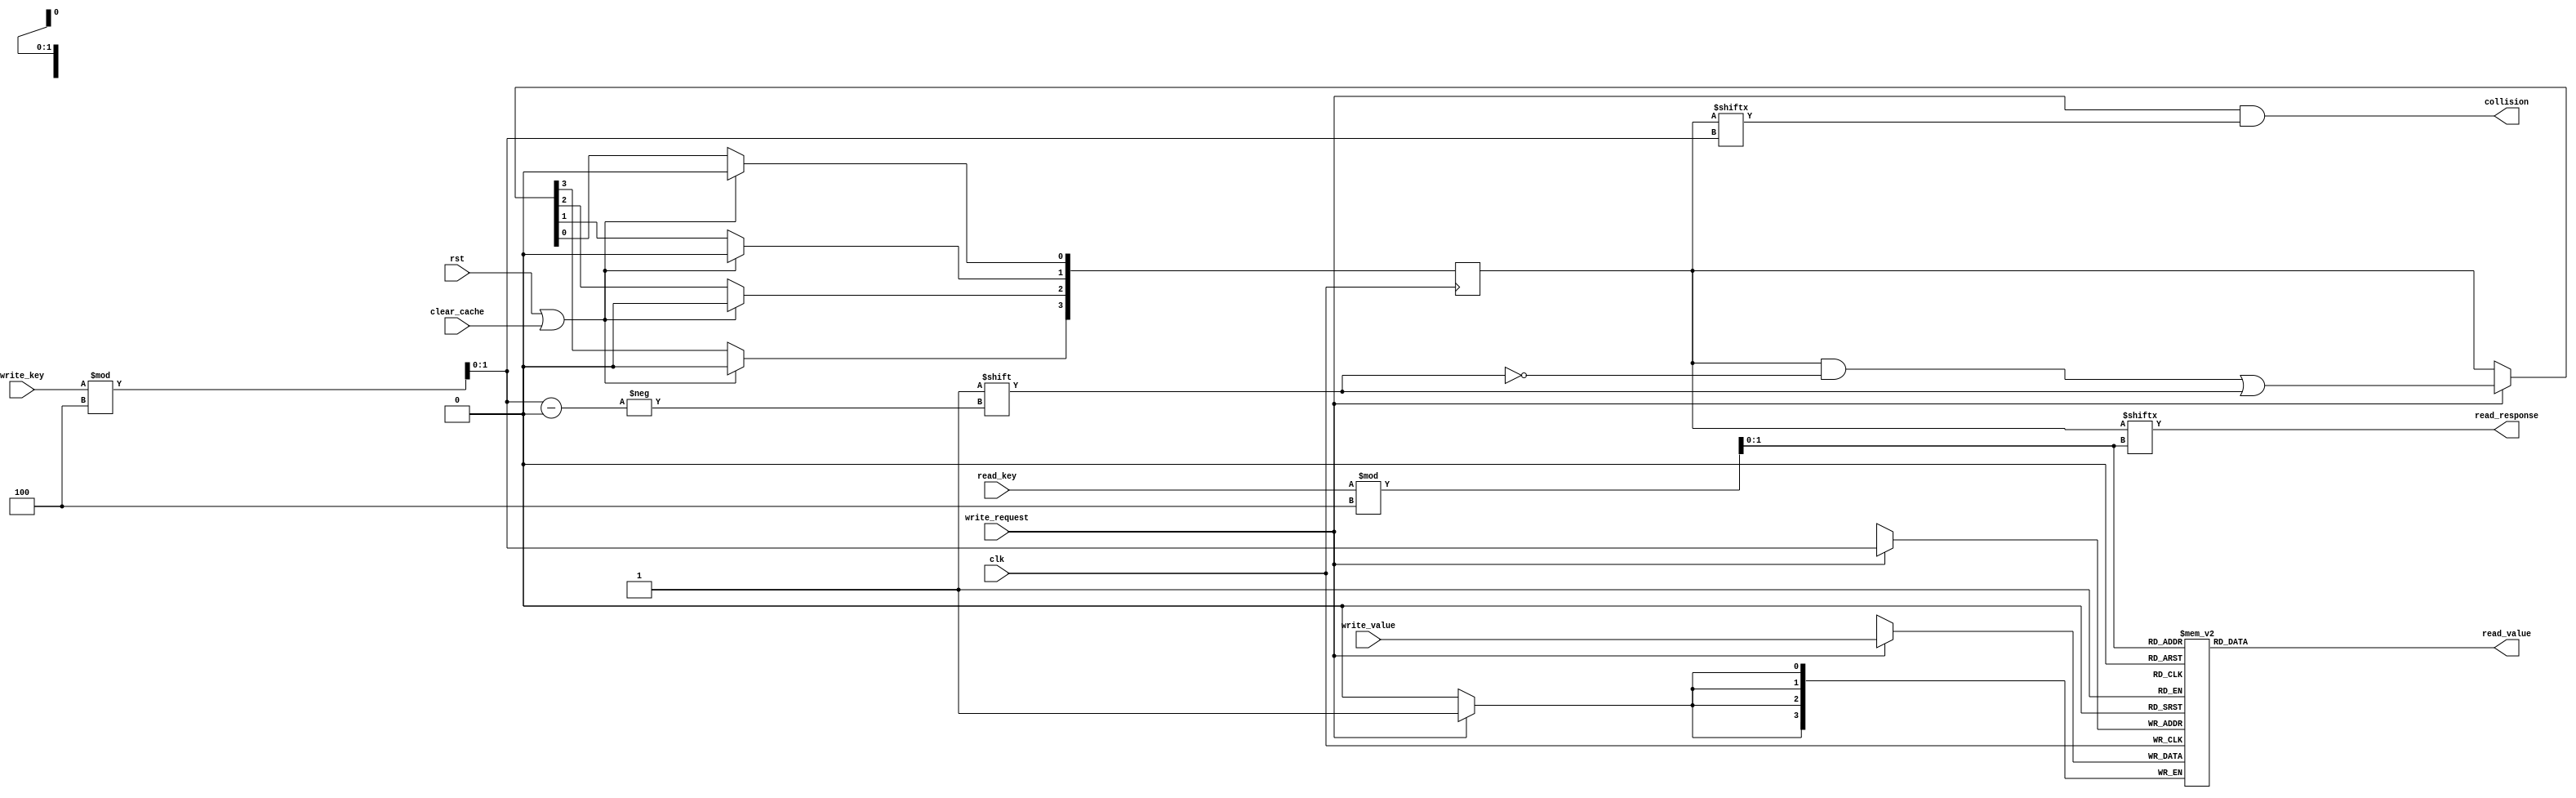
module hashmap
  #(
    parameter KEY_WIDTH = 4,
    parameter VALUE_WIDTH = 4,
    parameter CACHE_SIZE = 4,
    parameter OVERWRITE = 1)
  (
    input wire clk,
    input wire rst,
    input wire [KEY_WIDTH - 1 : 0] write_key,
    input wire [VALUE_WIDTH - 1 : 0] write_value,
    input wire write_request,
    output wire collision,
    input wire [KEY_WIDTH - 1 : 0] read_key,
    output wire [VALUE_WIDTH - 1 : 0] read_value,
    output wire read_response,
    input wire clear_cache);
  localparam ADDR_WIDTH = $clog2(CACHE_SIZE);
  reg [KEY_WIDTH - 1 : 0] key_mem[0 : CACHE_SIZE - 1];
  reg [VALUE_WIDTH - 1 : 0] value_mem[0 : CACHE_SIZE - 1];
  reg [CACHE_SIZE - 1 : 0] valid_mem;
  wire [ADDR_WIDTH - 1 : 0] write_ptr;
  wire [ADDR_WIDTH - 1 : 0] read_ptr;
  integer i;
  initial
    for (i = 0; i < CACHE_SIZE; i = i + 1)
      valid_mem[i] <= 0;
  assign write_ptr = hash(write_key);
  always @(posedge clk)
    if (rst || clear_cache)
      for (i = 0; i < CACHE_SIZE; i = i + 1)
        valid_mem[i] <= 0;
    else if (write_request)
      valid_mem[write_ptr] <= 1;
  always @(posedge clk)
    if (write_request)
      if (OVERWRITE == 1 || !valid_mem[write_ptr]) begin
        key_mem[write_ptr] <= write_key;
        value_mem[write_ptr] <= write_value;
      end
  assign collision = write_request && valid_mem[write_ptr];
  assign read_ptr = hash(read_key);
  assign read_value = value_mem[read_ptr];
  assign read_response = valid_mem[read_ptr];
  function [ADDR_WIDTH - 1 : 0] hash
    (input [KEY_WIDTH - 1 : 0] key);
    hash = key % CACHE_SIZE;
  endfunction
`ifdef FORMAL
  reg _past_valid;
  reg _collision_occured;
  (* anyconst *) reg [KEY_WIDTH - 1 : 0] _key1;
  (* anyconst *) reg [VALUE_WIDTH - 1 : 0] _val1;
  reg [ADDR_WIDTH - 1 : 0] _hash1;
  initial begin
    _past_valid <= 0;
    _collision_occured <= 0;
    _hash1 <= hash(_key1);
  end
  always @(posedge clk)
    _past_valid <= 1;
  always @(posedge clk)
    if (rst || clear_cache)
      _collision_occured <= 0;
    else if (write_request)
      if (write_key == _key1)
        _collision_occured <= 0;
      else if (hash(write_key) == _hash1)
        _collision_occured <= 1;
  // assumptions
  always @*
    if (!_collision_occured && valid_mem[_hash1])
      assume (key_mem[_hash1] == _key1 && value_mem[_hash1] == _val1);
  always @*
    if (write_key == _key1)
      assume (write_value == _val1);
  // verify that data is available at the output one clock cycle after a successful write
  always @(posedge clk)
    if (_past_valid && $past(!rst && !clear_cache && write_request) && read_key == $past(write_key)) begin
      assert (read_response);
      assert (read_value == $past(write_value));
    end
  // verify that read queries fail when the cache is empty
  always @(posedge clk)
    if (_past_valid && $past(rst || clear_cache))
      assert (!read_response);
  // verify that a query with a known key returns the correct value unless a collision occured
  always @*
    if (!_collision_occured && read_key == _key1 && read_response)
      assert (read_value == _val1);
`ifdef TOP
  // cover the case of a successful query
  always @*
    cover (read_response);
  // cover the case of full cache
  always @*
    cover (&valid_mem);
  // cover the case of a collision
  always @*
    cover (collision);
`endif
`endif
endmodule